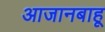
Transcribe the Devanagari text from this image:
आजानबाहू